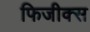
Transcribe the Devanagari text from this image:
फिजीक्स